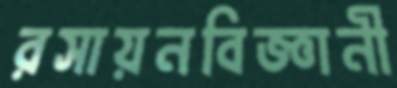
রসায়নবিজ্ঞানী